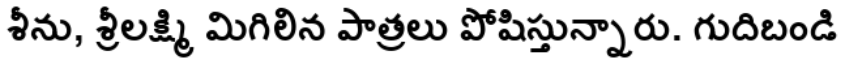
శీను, శ్రీలక్ష్మి మిగిలిన పాత్రలు పోషిస్తున్నారు. గుదిబండి